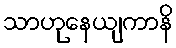
သာဟုနေယျကာနိ